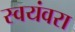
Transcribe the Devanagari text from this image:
स्वयंवरा